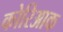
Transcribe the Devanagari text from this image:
कोरिआक